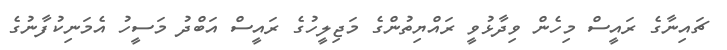
ޗައިނާގެ ރައީސް މިހެން ވިދާޅުވީ ރައްޔިތުންގެ މަޖިލީހުގެ ރައީސް އަބްދު މަސީހު އެމަނިކުފާނުގެ